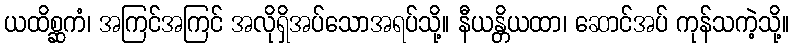
ယထိစ္ဆကံ၊ အကြင်အကြင် အလိုရှိအပ်သောအရပ်သို့။ နီယန္တိယထာ၊ ဆောင်အပ် ကုန်သကဲ့သို့။